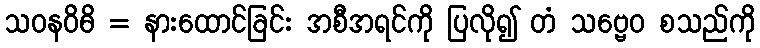
သဝနဝိဓိ = နားထောင်ခြင်း အစီအရင်ကို ပြလို၍ တံ သဗ္ဗေဝ စသည်ကို